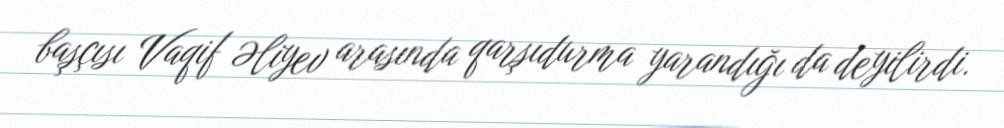
başçısı Vaqif Əliyev arasında qarşıdurma yarandığı da deyilirdi.